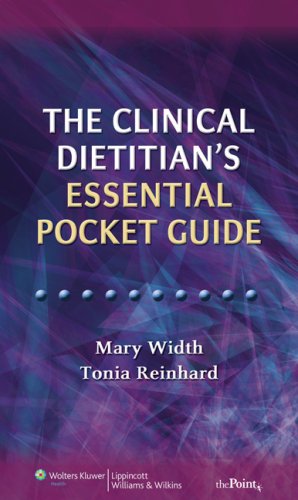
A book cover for The Clinical Dietitian's Essential Pocket Guide; Mary Width; Medical Books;